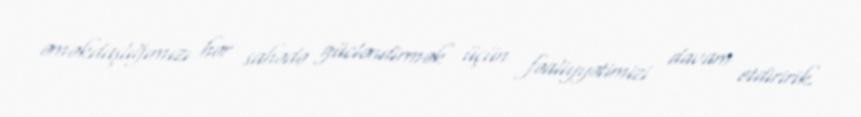
əməkdaşlığımızı hər sahədə gücləndirmək üçün fəaliyyətimizi davam etdiririk.